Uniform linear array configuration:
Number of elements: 32
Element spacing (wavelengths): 1
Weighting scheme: hann
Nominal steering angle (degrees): -30
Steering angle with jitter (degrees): -29.875
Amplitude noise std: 0.05
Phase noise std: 0.05

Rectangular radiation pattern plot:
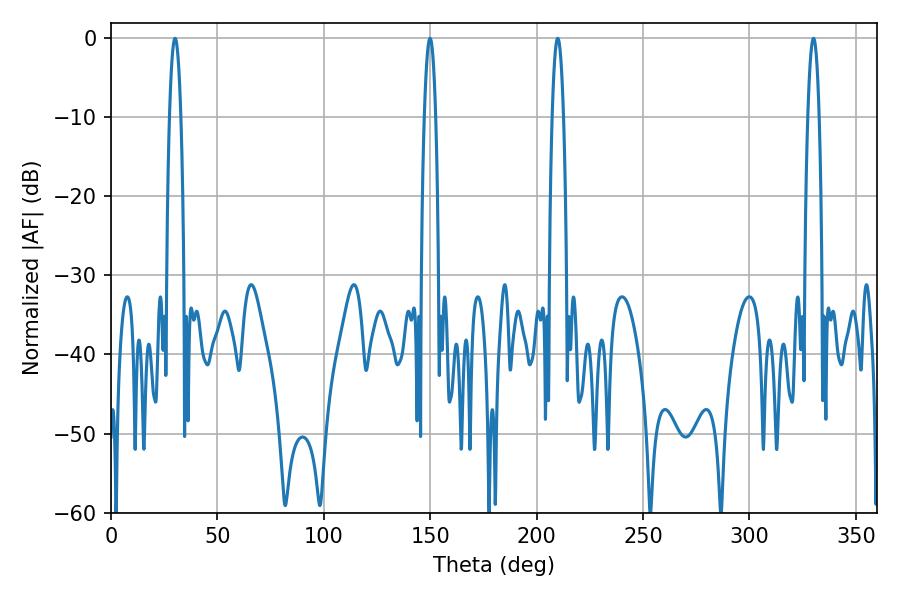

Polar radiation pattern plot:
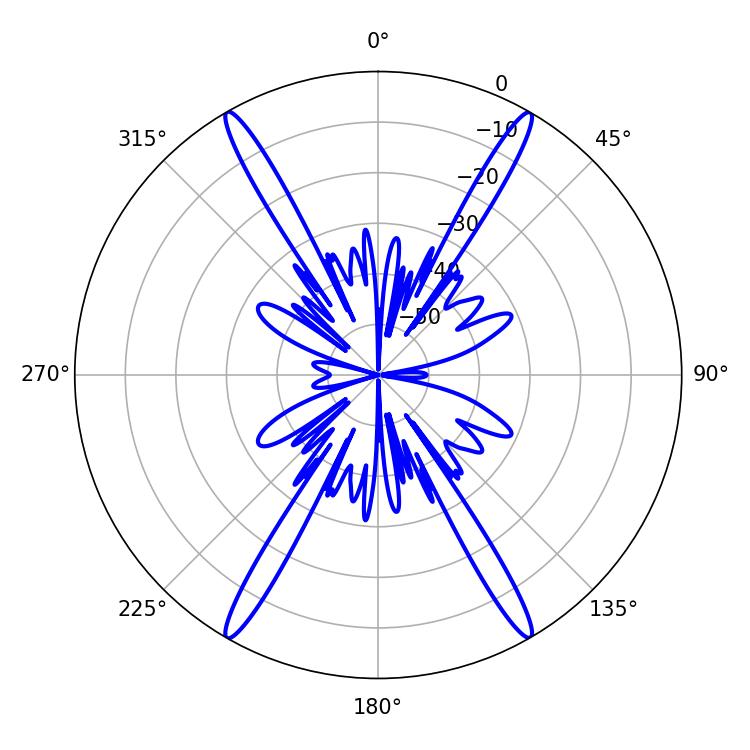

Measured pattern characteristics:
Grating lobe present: TRUE
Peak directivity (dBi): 35.718
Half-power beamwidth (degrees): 2.88
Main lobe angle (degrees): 209.88